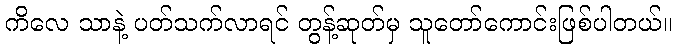
ကိလေ သာနဲ့ ပတ်သက်လာရင် တွန့်ဆုတ်မှ သူတော်ကောင်းဖြစ်ပါတယ်။